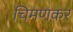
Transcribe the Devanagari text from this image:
चिमणकर